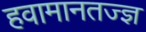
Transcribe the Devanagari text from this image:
हवामानतज्ज्ञ